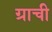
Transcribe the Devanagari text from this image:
ग्राची